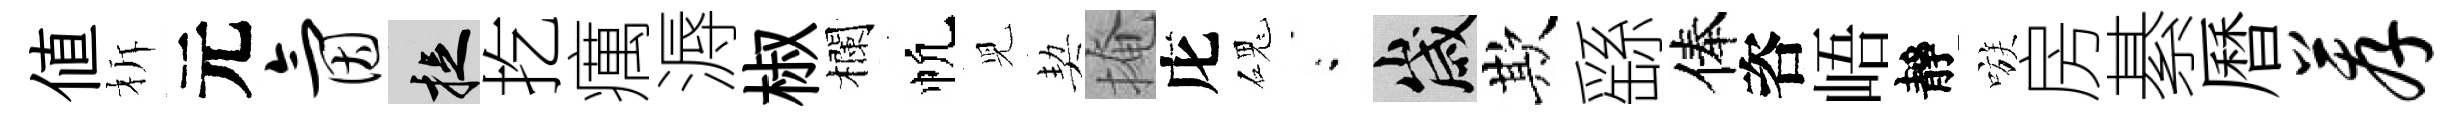
値柝元氤捉扢癘溽椒欄帆児契掩庀磈閤歲欺繇俸咨峿靜嗾房綦曆荐